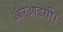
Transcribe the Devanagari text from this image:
औरओडेसी।